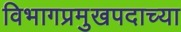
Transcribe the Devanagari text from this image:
विभागप्रमुखपदाच्या